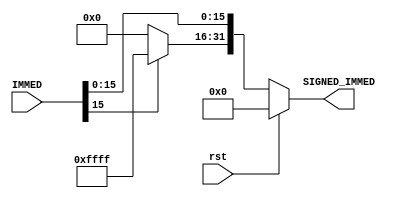
`timescale 1ns / 1ps
//////////////////////////////////////////////////////////////////////////////////
// Company: 
// Engineer: 
// 
// Design Name: 
// Module Name: register_file
// Project Name: 
// Target Devices: 
// Tool Versions: 
// Description: 
// 
// Dependencies: 
// 
// Revision:
// Revision 0.01 - File Created
// Additional Comments:
// 
//////////////////////////////////////////////////////////////////////////////////

module sign_extension

/*** PARAMETERS ***/
#(parameter
	IMMED_WL = 16,
	DATA_WL = 32
)

/*** IN/OUT ***/
(
	// IN
	input                        rst,
	input [16 : 0]               IMMED,
	
	// OUT
	output reg [DATA_WL - 1 : 0] SIGNED_IMMED
);

	always @ (*)
	begin
		if(rst) SIGNED_IMMED = 0;
		else
		begin
            if(IMMED[IMMED_WL - 1]) 
            begin
                SIGNED_IMMED[DATA_WL - 1 : 16] = 16'b1111111111111111;
                SIGNED_IMMED[IMMED_WL - 1 : 0] = IMMED;
            end 
            else 
            begin
                SIGNED_IMMED[DATA_WL - 1 : 16] = 16'b0000000000000000;
                SIGNED_IMMED[IMMED_WL - 1 : 0] = IMMED;
            end
		end
	end

endmodule